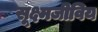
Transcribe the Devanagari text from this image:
सूक्ष्मजीविय